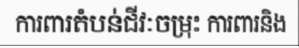
ការពារតំបន់ជីវៈចម្រុះ ការពារនិង